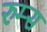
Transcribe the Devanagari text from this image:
रुम्स